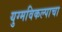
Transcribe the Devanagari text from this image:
युग्मविकल्पाचा